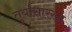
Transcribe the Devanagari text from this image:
तुर्यासारखा